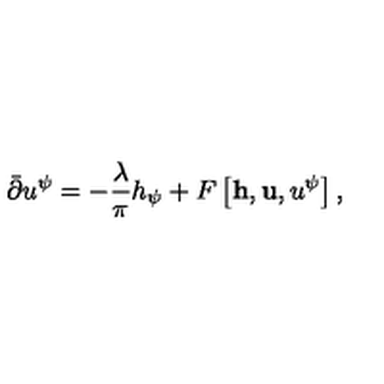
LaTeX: \bar { \partial } u ^ { \psi } = - { \frac { \lambda } { \pi } } h _ { \psi } + F \left[ { \bf h } , { \bf u } , u ^ { \psi } \right] ,